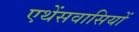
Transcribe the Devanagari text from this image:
एथेंसवासियों